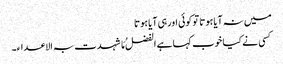
میں نہ آیا ہوتا توکوئی اورہی آیا ہوتا
کسی نے کیا خوب کہا ہے الفضلُ مَا شہدت بہ الاعداء۔